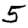
Digit: 5